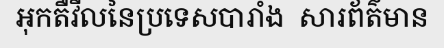
អុកតឺវីលនៃប្រទេសបារាំង  សារព័ត៌មាន